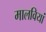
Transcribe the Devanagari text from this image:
मालवियां